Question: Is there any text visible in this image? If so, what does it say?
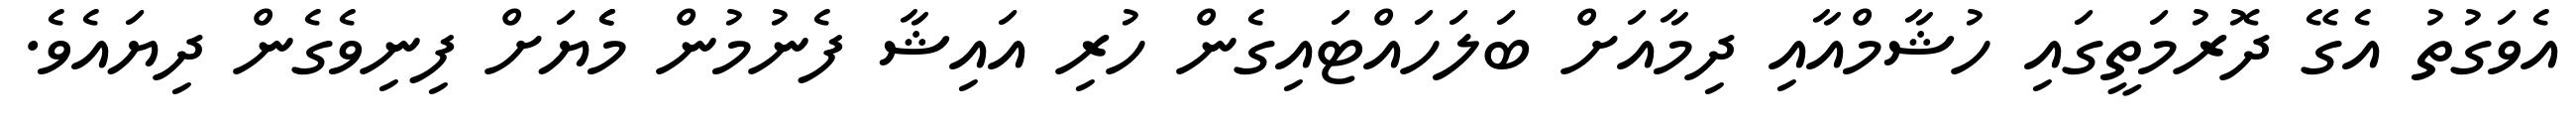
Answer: އެވަގުތު އެގޭ ދޮރުމަތީގައި ހުޝާމްއާއި ދިމާއަށް ބަލަހައްޓައިގެން ހުރި އައިޝާ ފެނުމުން މެެޔަށް ފިނިވެގެން ދިޔައެވެ.